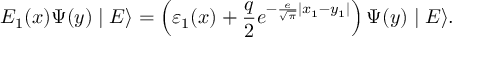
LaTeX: E _ { 1 } ( x ) \Psi ( y ) \mid E \rangle = \left( { \varepsilon _ { 1 } ( x ) + \frac { q } { 2 } e ^ { - \frac { e } { { \sqrt \pi } } | x _ { 1 } - y _ { 1 } | } } \right) \Psi ( y ) \mid E \rangle .